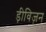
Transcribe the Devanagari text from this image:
ड़ीविज़न